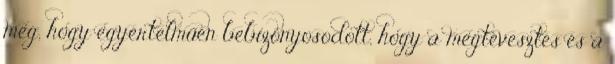
meg, hogy egyértelműen bebizonyosodott, hogy a megtévesztés és a